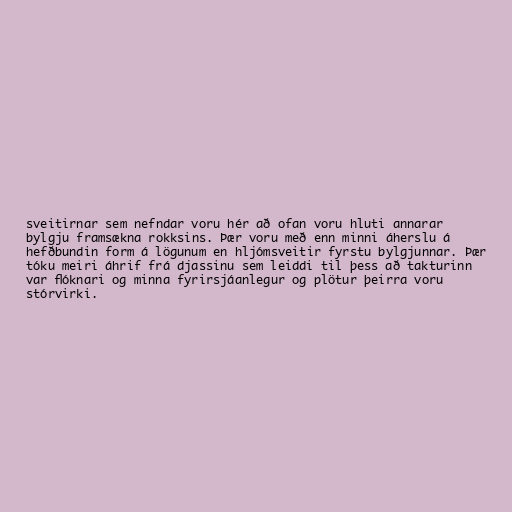
sveitirnar sem nefndar voru hér að ofan voru hluti annarar
bylgju framsækna rokksins. Þær voru með enn minni áherslu á
hefðbundin form á lögunum en hljómsveitir fyrstu bylgjunnar. Þær
tóku meiri áhrif frá djassinu sem leiddi til þess að takturinn
var flóknari og minna fyrirsjáanlegur og plötur þeirra voru
stórvirki.